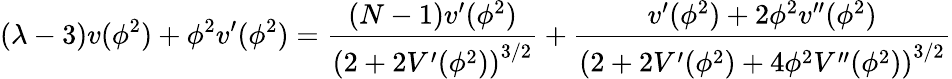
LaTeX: (\lambda-3)v(\phi^{2})+\phi^{2}v^{\prime}(\phi^{2})=\frac{(N-1)v^{\prime}(\phi^{2})}{\left(2+2V^{\prime}(\phi^{2})\right)^{3/2}}+\frac{v^{\prime}(\phi^{2})+2\phi^{2}v^{\prime\prime}(\phi^{2})}{\left(2+2V^{\prime}(\phi^{2})+4\phi^{2}V^{\prime\prime}(\phi^{2})\right)^{3/2}}